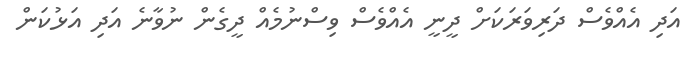
އަދި އެއްވެސް ދަރިވަރަކަށް ދީނީ އެއްވެސް ވިސްނުމެއް ދީގެން ނުވާނެ އަދި އަޅުކަން